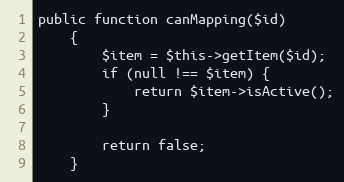
Language: PHP
public function canMapping($id)
    {
        $item = $this->getItem($id);
        if (null !== $item) {
            return $item->isActive();
        }

        return false;
    }